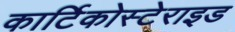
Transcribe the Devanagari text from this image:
कार्टिकोस्टेराइड